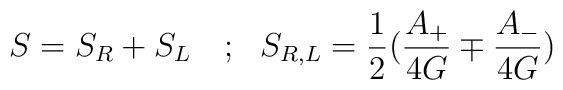
S = S_R + S_L ~~~; ~~ S_{R,L}= {1\over 2}({A_{+}\over 4G}\mp {A_{-}\over 4G})